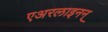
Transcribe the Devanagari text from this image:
एअरलाइनन्